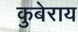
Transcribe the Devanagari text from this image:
कुबेराय